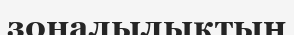
зоналылықтың